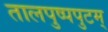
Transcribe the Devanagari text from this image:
तालपुष्पपुटम्